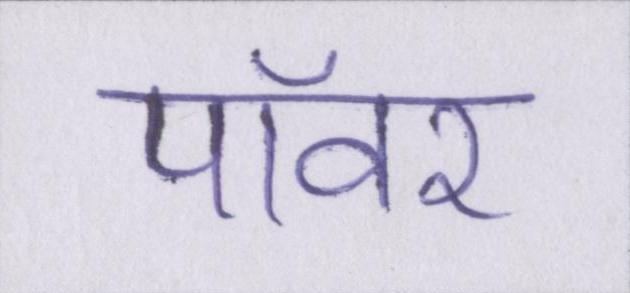
पॉवर